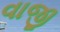
વાજી